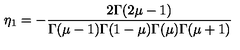
\eta _ { 1 } = - \frac { 2 \Gamma ( 2 \mu - 1 ) } { \Gamma ( \mu - 1 ) \Gamma ( 1 - \mu ) \Gamma ( \mu ) \Gamma ( \mu + 1 ) }